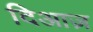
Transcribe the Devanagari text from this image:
दिआज़